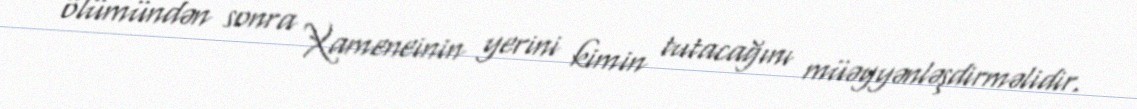
ölümündən sonra Xameneinin yerini kimin tutacağını müəyyənləşdirməlidir.